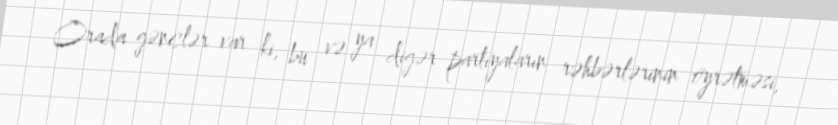
Orada gənclər var ki, bu və ya digər partiyaların rəhbərlərinin öyrətməsi,